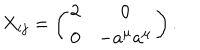
LaTeX: X _ { i j } = \left( \begin{array} { c c } { { 2 } } & { { 0 } } \\ { { 0 } } & { { - a ^ { \mu } a ^ { \mu } } } \\ \end{array} \right) .